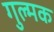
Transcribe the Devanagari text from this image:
गुल्मक